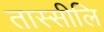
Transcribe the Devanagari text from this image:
तास्सीलि